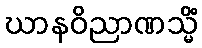
ဃာနဝိညာဏသ္မိံ